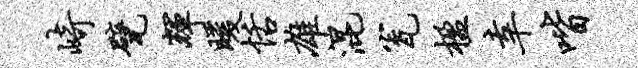
崎甓辉暖恬雄混瓮楹幸喈